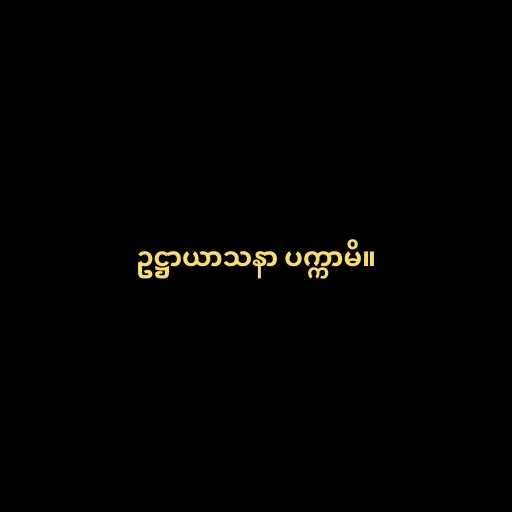
ဥဋ္ဌာယာသနာ ပက္ကာမိ။